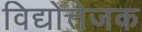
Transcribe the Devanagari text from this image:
विद्योत्तेजक